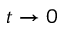
t \rightarrow 0